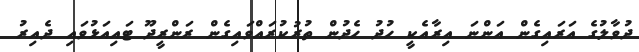
ދުވާލުގެ އަރައިގެން އަންނަ އިރާއެކީ ހުދު ހެދުން ތުރުކުރައްވައިގެން ރަންރީދޫ ޓައިއަޅުވައި ދެއިރު